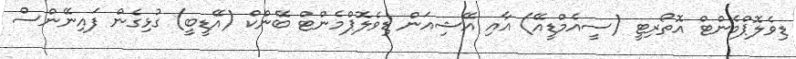
ޑިވެލޮޕްމެންޓް އޮތޯރިޓީ (ސީއެމްޑީއޭ) އާއި އޭޝިއަން ޑިވެލޮޕްމެންޓް ބޭންކް (އޭޑީބީ) ގުޅިގެން ފައިނޭންސް